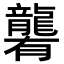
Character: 𪚞